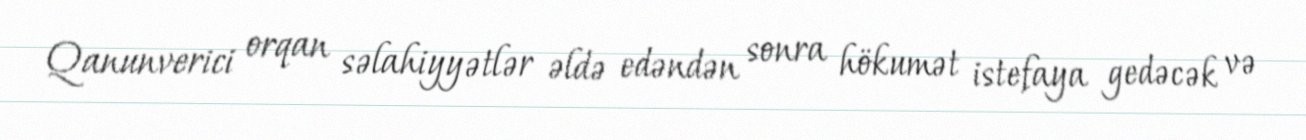
Qanunverici orqan səlahiyyətlər əldə edəndən sonra hökumət istefaya gedəcək və